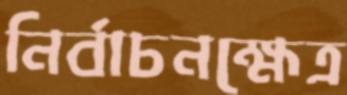
নির্বাচনক্ষেত্র